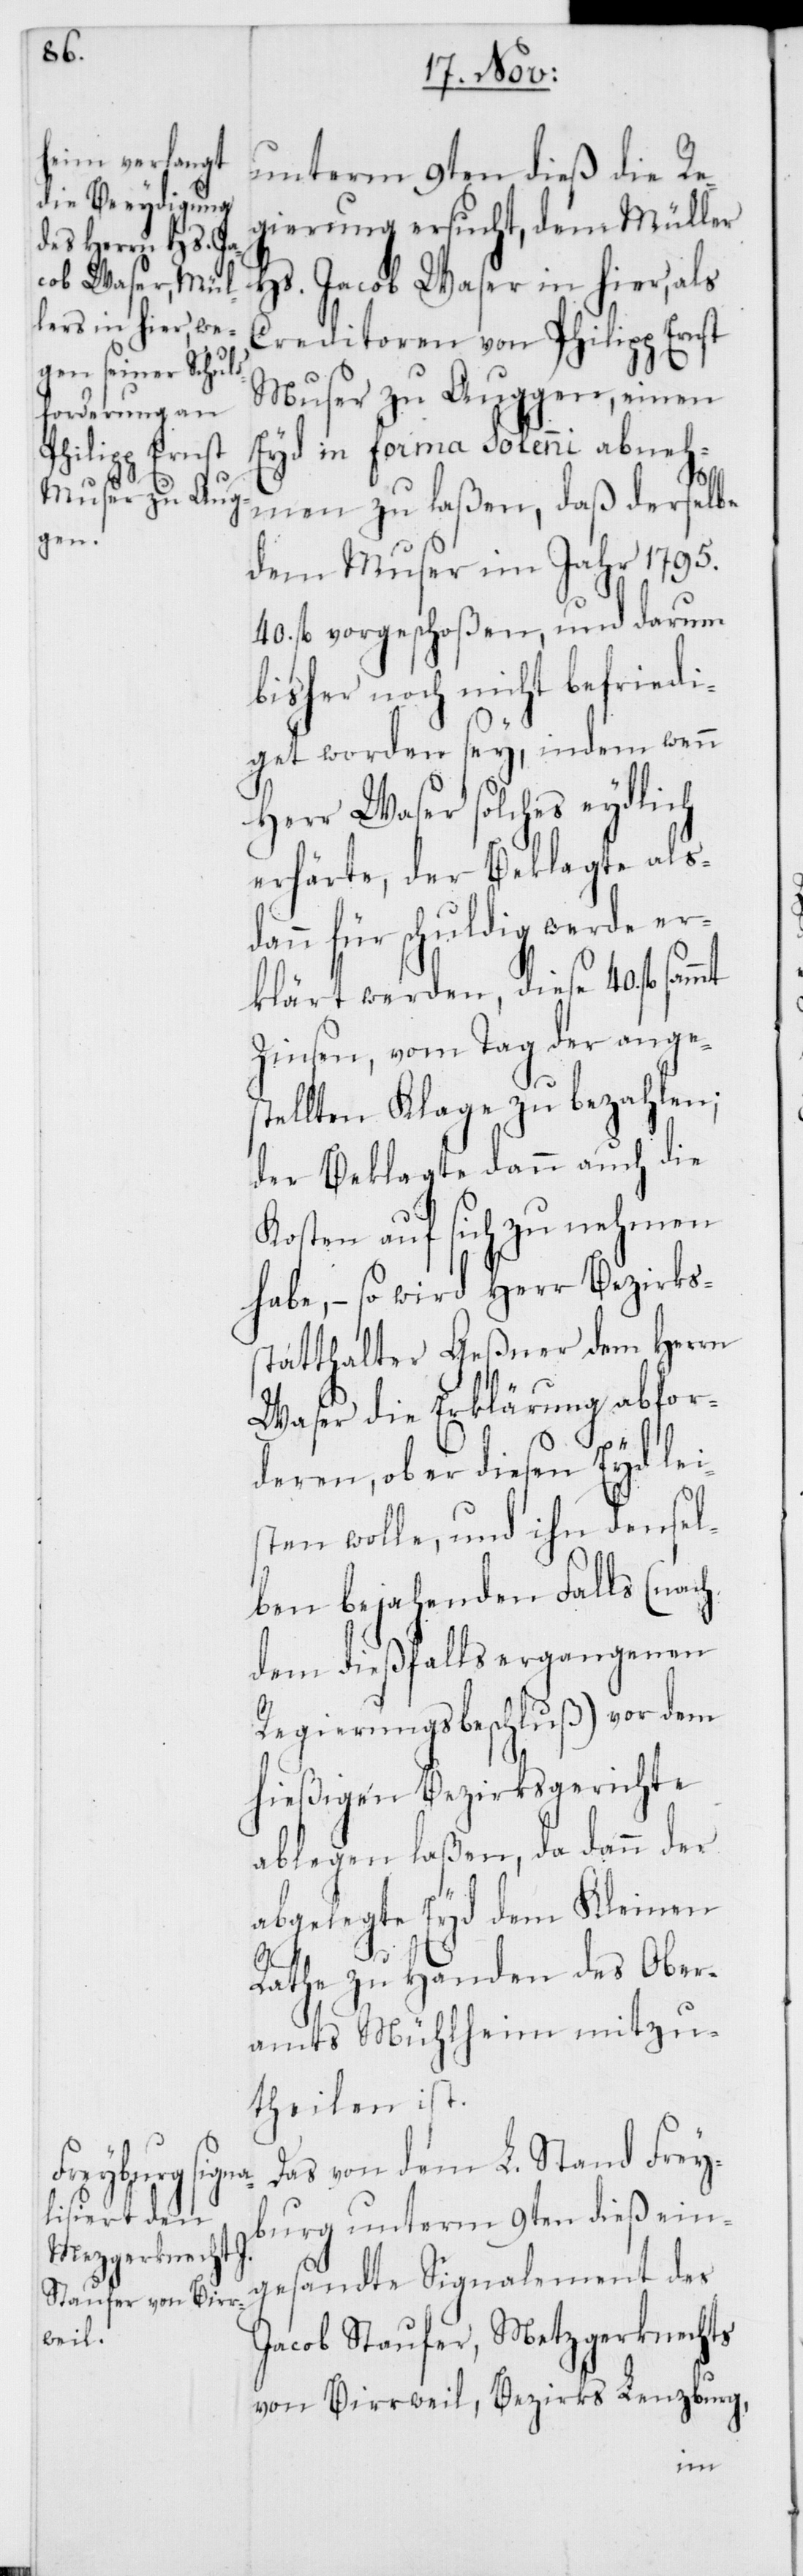
unterm 9ten dieß die Re¬
gierung ersucht, dem Müller
Hs. Jacob Waser in hier, als
Creditoren von Philipp Ernst
Muser zu Auggen, einen
Eyd in forma solenni abneh¬
men zu laßen, daß derselbe
dem Muser im Jahr 1795.
40. fl. vorgeschoßen, und darum
bisher noch nicht befriedi¬
get worden sey, indem wenn
Herr Waser solches eydlich
erhärte, der Beklagte alsd¬
ann für schuldig werde er¬
klärt werden, diese 40. fl.
Zinsen, vom Tag der ange¬
stellten Klage zu bezahlen;
der Beklagte dann auch die
Kosten auf sich zu nehmen
habe, – so wird Herr Bezirks¬
statthalter Geßner dem Herrn
Waser die Erklärung abfor¬
deren, ob er diesen Eyd lei¬
sten wolle, und ihn densel¬
ben bejahenden Falls (nach
dem dießfalls ergangenen
Regierungsbeschluß) vor dem
hießigen Bezirksgerichte
ablegen laßen, da dann der
abgelegte Eyd dem Kleinen
Rathe zu Handen des Ober¬
amts Mühlheim mitzu¬
theilen ist.
Das von dem L. Stand Frey¬
burg unterm 9ten dieß ein¬
gesandte Signalement des
Jacob Staufer, Metzgerknechts
von Birrweil, Bezirks Lenzburg,